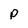
Character: P